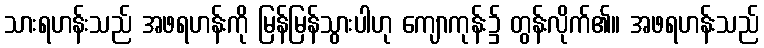
သားရဟန်းသည် အဖရဟန်းကို မြန်မြန်သွားပါဟု ကျောကုန်း၌ တွန်းလိုက်၏။ အဖရဟန်းသည်